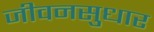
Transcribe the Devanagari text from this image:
जीवनसुधार